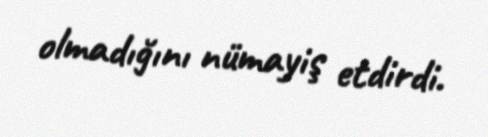
olmadığını nümayiş etdirdi.